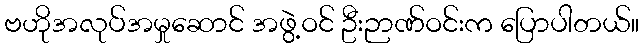
ဗဟိုအလုပ်အမှုဆောင် အဖွဲ့ဝင် ဦးဉာဏ်ဝင်းက ပြောပါတယ်။